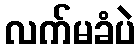
လက်မခံပဲ